Vaccination in Burma 1889-1999 - 1889-1999
Year: 1889
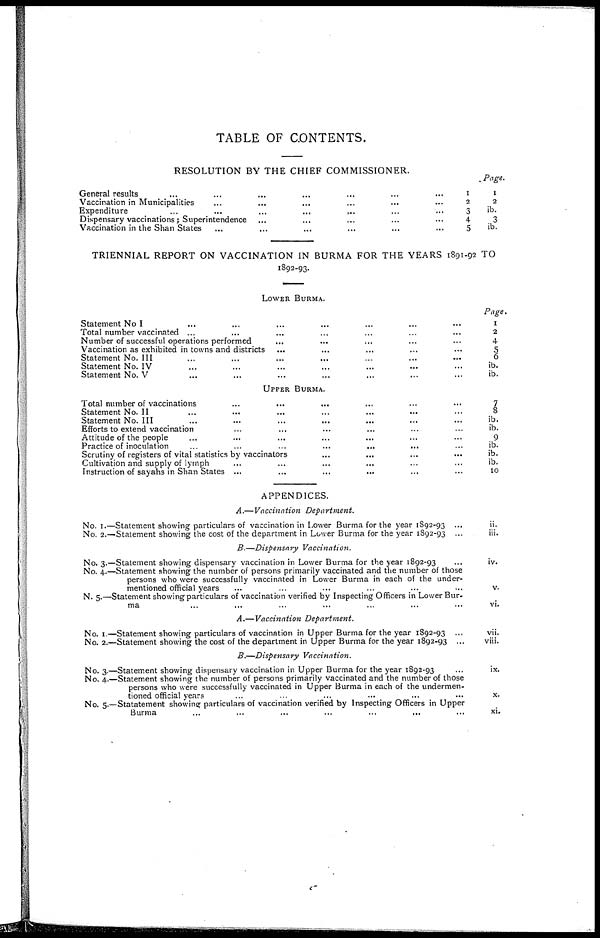
TABLE OF CONTENTS.
RESOLUTION BY THE CHIEF COMMISSIONER.
General results
...
...
...
...
...
...
...
1
Vaccination in Municipalities
...
...
...
...
...
...
2
Expenditure
...
...
...
...
...
...
...
3
Dispensary vaccinations ; Superintendence ...
...
...
...
...
4
Vaccination in the Shan States
...
...
...
...
...
...
5
Page.
1
2
ib.
3
ib.
TRIENNIAL REPORT ON VACCINATION IN BURMA FOR THE YEARS 1891-92 TO
1892-93.
LOWER BURMA
Statement No I ... ... ... ... ... ... ...
Total number vaccinated ... ... ... ... ... ... ...
Number of successful operations performed ... ... ... ... ...
Vaccination as exhibited in towns and districts ... ... ... ... ...
Statement No. III
...
...
...
...
...
...
...
Statement No. IV ... ... ... ... ... ... ...
Statement No. V ... ... ... ... ... ... ...
Page.
1
2
4
5
6
ib.
ib.
UPPER BURMA.
Total number of vaccinations ... ... ... ... ... ...
Statement No. II ... ... ... ... ... ... ...
Statement No. III ... ... ... ... ... ... ...
Efforts to extend vaccination ... ... ... ... ... ...
Attitude of the people ... ... ... ... ... ... ...
Practice of inoculation
...
...
...
...
...
...
Scrutiny of registers of vital statistics by vaccinators ... ... ... ...
Cultivation and supply of lymph ... ... ... ... ... ...
Instruction of sayahs in Shan States ... ... ... ... ... ...
7
8
ib.
ib.
9
ib.
ib.
ib.
10
APPENDICES.
A.—Vaccination Department.
No. 1.—
No. 2.—
Statement showing particulars of vaccination in Lower Burma for the year 1892-93 ...
Statement showing the cost of the department in Lower Burma for the year 1892-93 ...
ii.
iii.
B.—Dispensary Vaccination.
No. 3.—
No. 4.—
N. 5.—
Statement showing dispensary vaccination in Lower Burma for the year 1892-93 ...
Statement showing the number of persons primarily vaccinated and the number of those
persons who were successfully vaccinated in Lower Burma in each of the under-
mentioned official years ... ... ... ... ... ...
Statement showing particulars of vaccination verified by Inspecting Officers in Lower Bur-
ma ... ... ... ... ... ...
iv.
v.
vi.
A.—Vaccination Department.
No. 1.—
No. 2.—
Statement showing particulars of vaccination in Upper Burma for the year 1892-93 ...
Statement showing the cost of the department in Upper Burma for the year 1892-93 ...
vii.
viii.
B.—Dispensary Vaccination.
No. 3.—
No. 4.—
No. 5.—
Statement showing dispensary vaccination in Upper Burma for the year 1892-93 ...
Statement showing the number of persons primarily vaccinated and the number of those
persons who were successfully vaccinated in Upper Burma in each of the undermen-
tioned official years ... ... ... ... ... ...
Statatement showing: particulars of vaccination verified by Inspecting Officers in Upper
Burma
...
...
...
...
...
...
ix.
x.
xi.